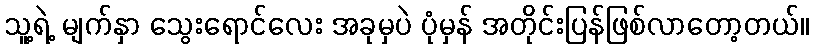
သူ့ရဲ့ မျက်နှာ သွေးရောင်လေး အခုမှပဲ ပုံမှန် အတိုင်းပြန်ဖြစ်လာတော့တယ်။